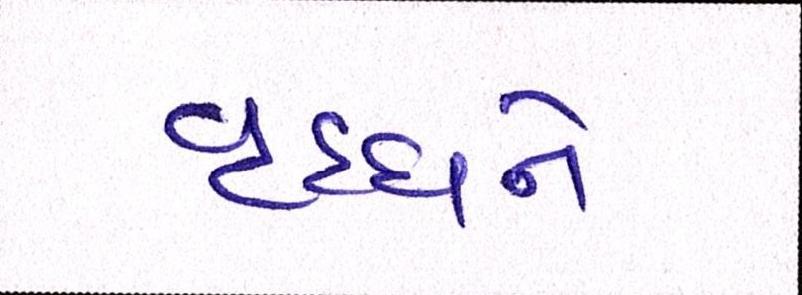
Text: વૃધ્ધને